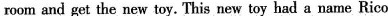
room and get the new toy. This new toy had a name Rico